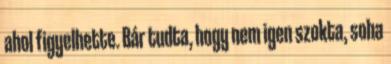
ahol figyelhette. Bár tudta, hogy nem igen szokta, soha